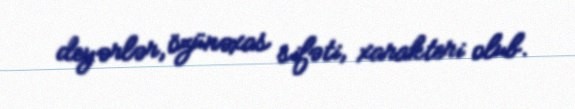
deyərlər, özünəxas sifəti, xarakteri olub.